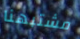
مشتبهنا